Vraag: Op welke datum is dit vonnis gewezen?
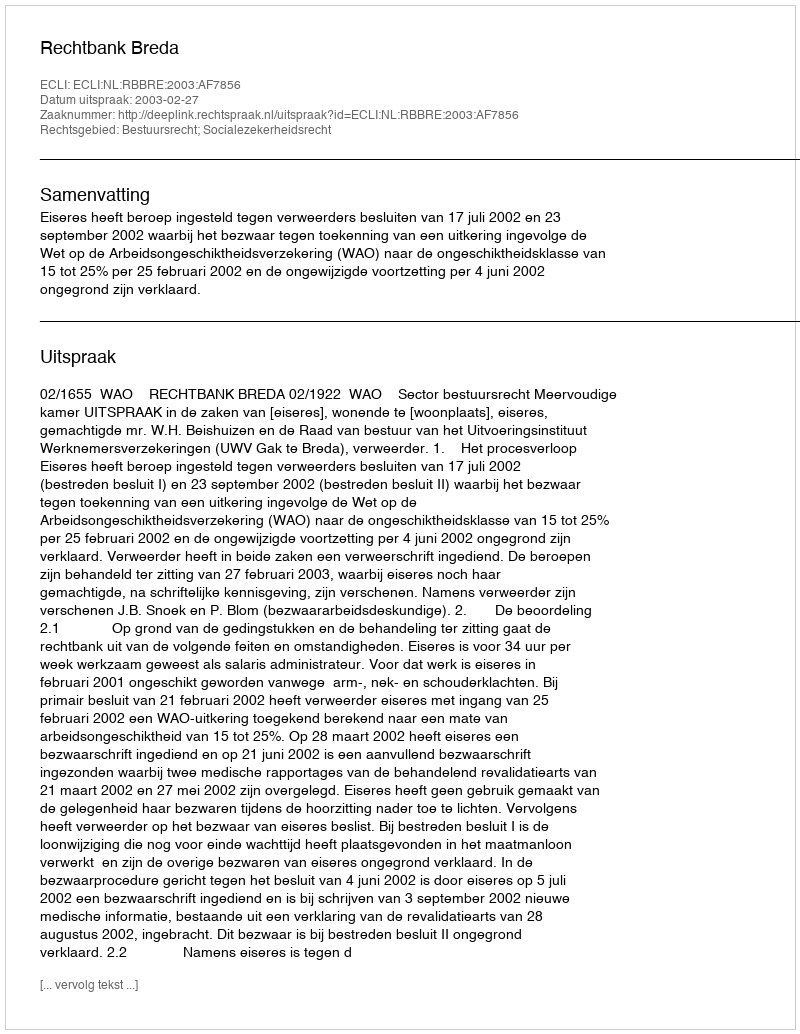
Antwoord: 2003-02-27